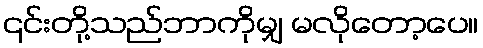
၎င်းတို့သည်ဘာကိုမျှ မလိုတော့ပေ။